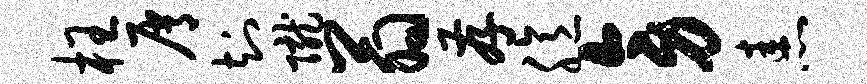
枉屑知陇翁存臆旁恚